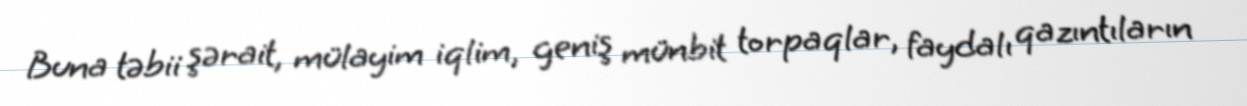
Buna təbii şərait, mülayim iqlim, geniş münbit torpaqlar, faydalı qazıntıların